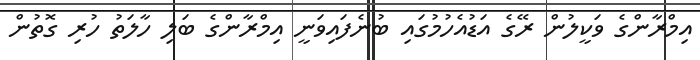
އިމްރާންގެ ވަކީލުން ރޭގެ އަޑުއެހުމުގައި ބުނެފައިވަނީ އިމްރާންގެ ބަލި ހާލަތު ހުރި ގޮތުން